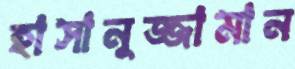
হাসানুজ্জামান